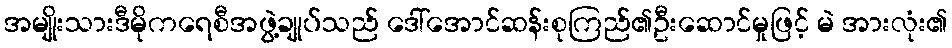
အမျိုးသားဒီမိုကရေစီအဖွဲ့ချုပ်သည် ဒေါ်အောင်ဆန်းစုကြည်၏ဦးဆောင်မှုဖြင့် မဲ အားလုံး၏